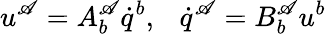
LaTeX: u^{\mathscr{A}}=A_{b}^{\mathscr{A}}\dot{{q}}^{b},\ \ \ \dot{{q}}^{\mathscr{A}}=B_{b}^{\mathscr{A}}u^{b}